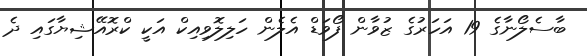
ބާސެލޯނާގެ 19 އަހަރުގެ ޒުވާން ފޯވަޑް އެލެން ހަލިލޮވިއިކް އަކީ ކްރޮއޭޝިޔާގައި ދެ